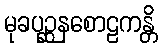
မုခပုဉ္ဆနစောဠကန္တိ